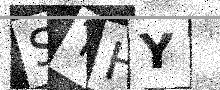
Text: STHY